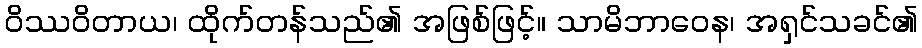
ဝိဿဝိတာယ၊ ထိုက်တန်သည်၏ အဖြစ်ဖြင့်။ သာမိဘာဝေန၊ အရှင်သခင်၏